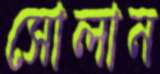
সোলান